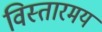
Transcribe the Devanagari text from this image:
विस्तारमय